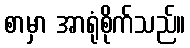
စာမှာ အာရုံစိုက်သည်။